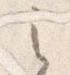
之